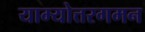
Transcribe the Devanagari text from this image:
याम्योत्तरगमन